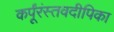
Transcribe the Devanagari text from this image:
कर्पूंरंस्तवदीपिका